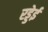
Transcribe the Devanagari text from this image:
रड्डेई